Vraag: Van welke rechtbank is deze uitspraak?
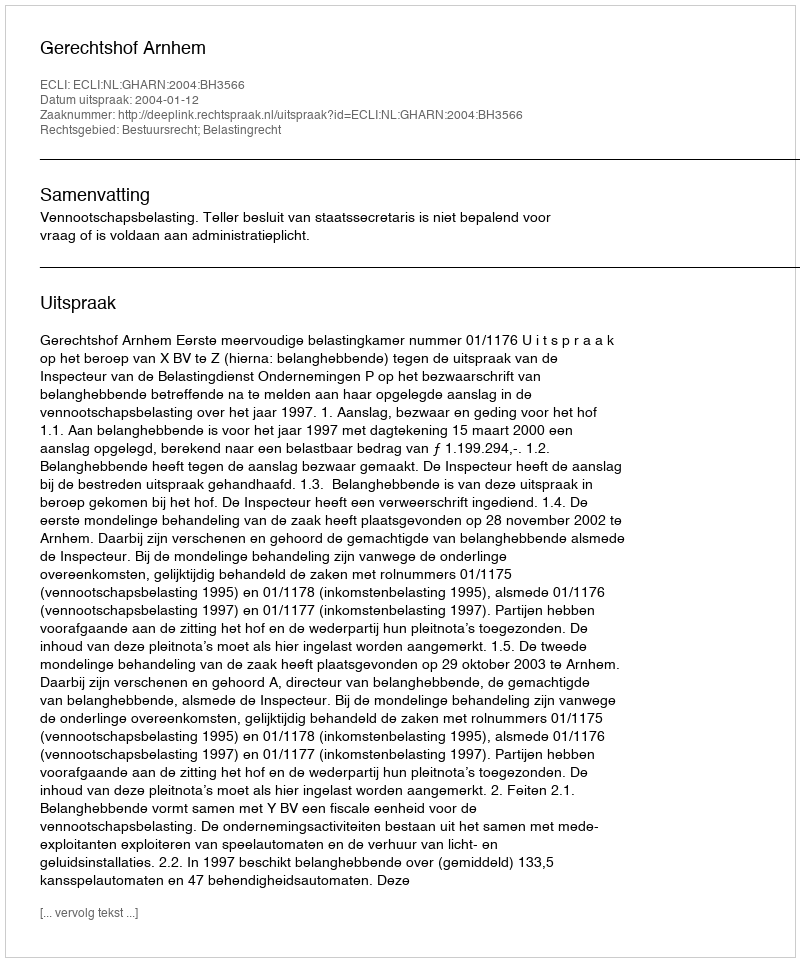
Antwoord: Gerechtshof Arnhem